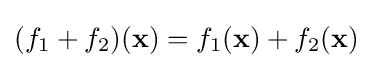
(f_{1}+f_{2})(\mathbf {x} )=f_{1}(\mathbf {x} )+f_{2}(\mathbf {x} )